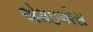
એમઇએસ